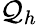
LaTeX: \mathcal{Q}_{h}